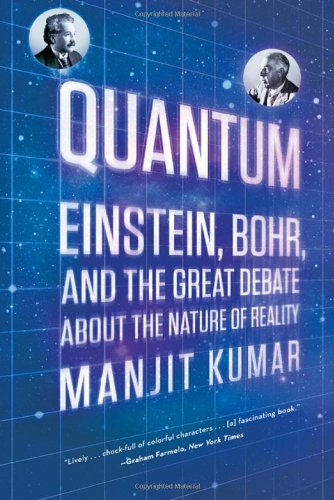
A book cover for Quantum: Einstein, Bohr, and the Great Debate about the Nature of Reality; Manjit Kumar; Science & Math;